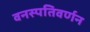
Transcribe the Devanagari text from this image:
वनस्पतिवर्णन